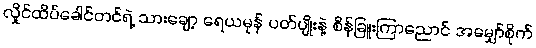
လှိုင်ထိပ်ခေါင်တင်ရဲ့ သားချော့ ရေယမုန် ပတ်ပျိုးနဲ့ စိန်ခြူးကြာညောင် အမျှော်စိုက်